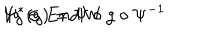
\Psi ^ { * } ( g ) = \Psi \circ g \circ \Psi ^ { - 1 } \hspace { 2 c m } \forall g \in E n d \, W